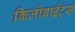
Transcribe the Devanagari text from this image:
किलोबाईट्स